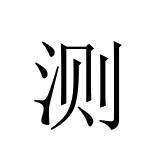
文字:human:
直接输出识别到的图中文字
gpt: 测